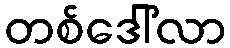
တစ်ဒေါ်လာ